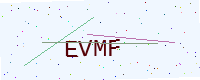
Text: EVMF